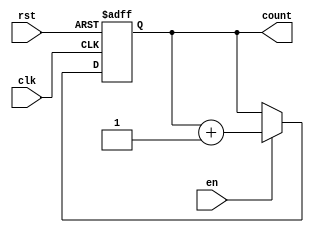
module sync_counter #(
    parameter WIDTH = 3 // Define the width of the counter (defaulting to 3 bits)
)(
    input wire clk,       // Clock signal
    input wire rst,       // Reset signal (active high)
    input wire en,        // Enable signal
    output reg [WIDTH-1:0] count  // Current count value
);

    // Synchronous reset and counting operation
    always @(posedge clk or posedge rst) begin
        if (rst) begin
            // On reset, set count to 0
            count <= 0;
        end else if (en) begin
            // Increment the count if enabled
            count <= count + 1;
        end
    end

endmodule